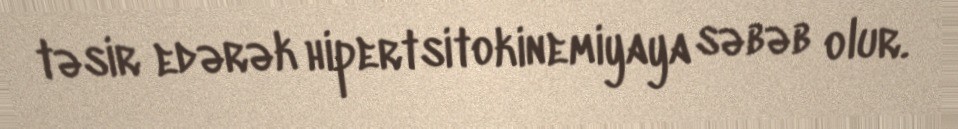
təsir edərək hipertsitokinemiyaya səbəb olur.